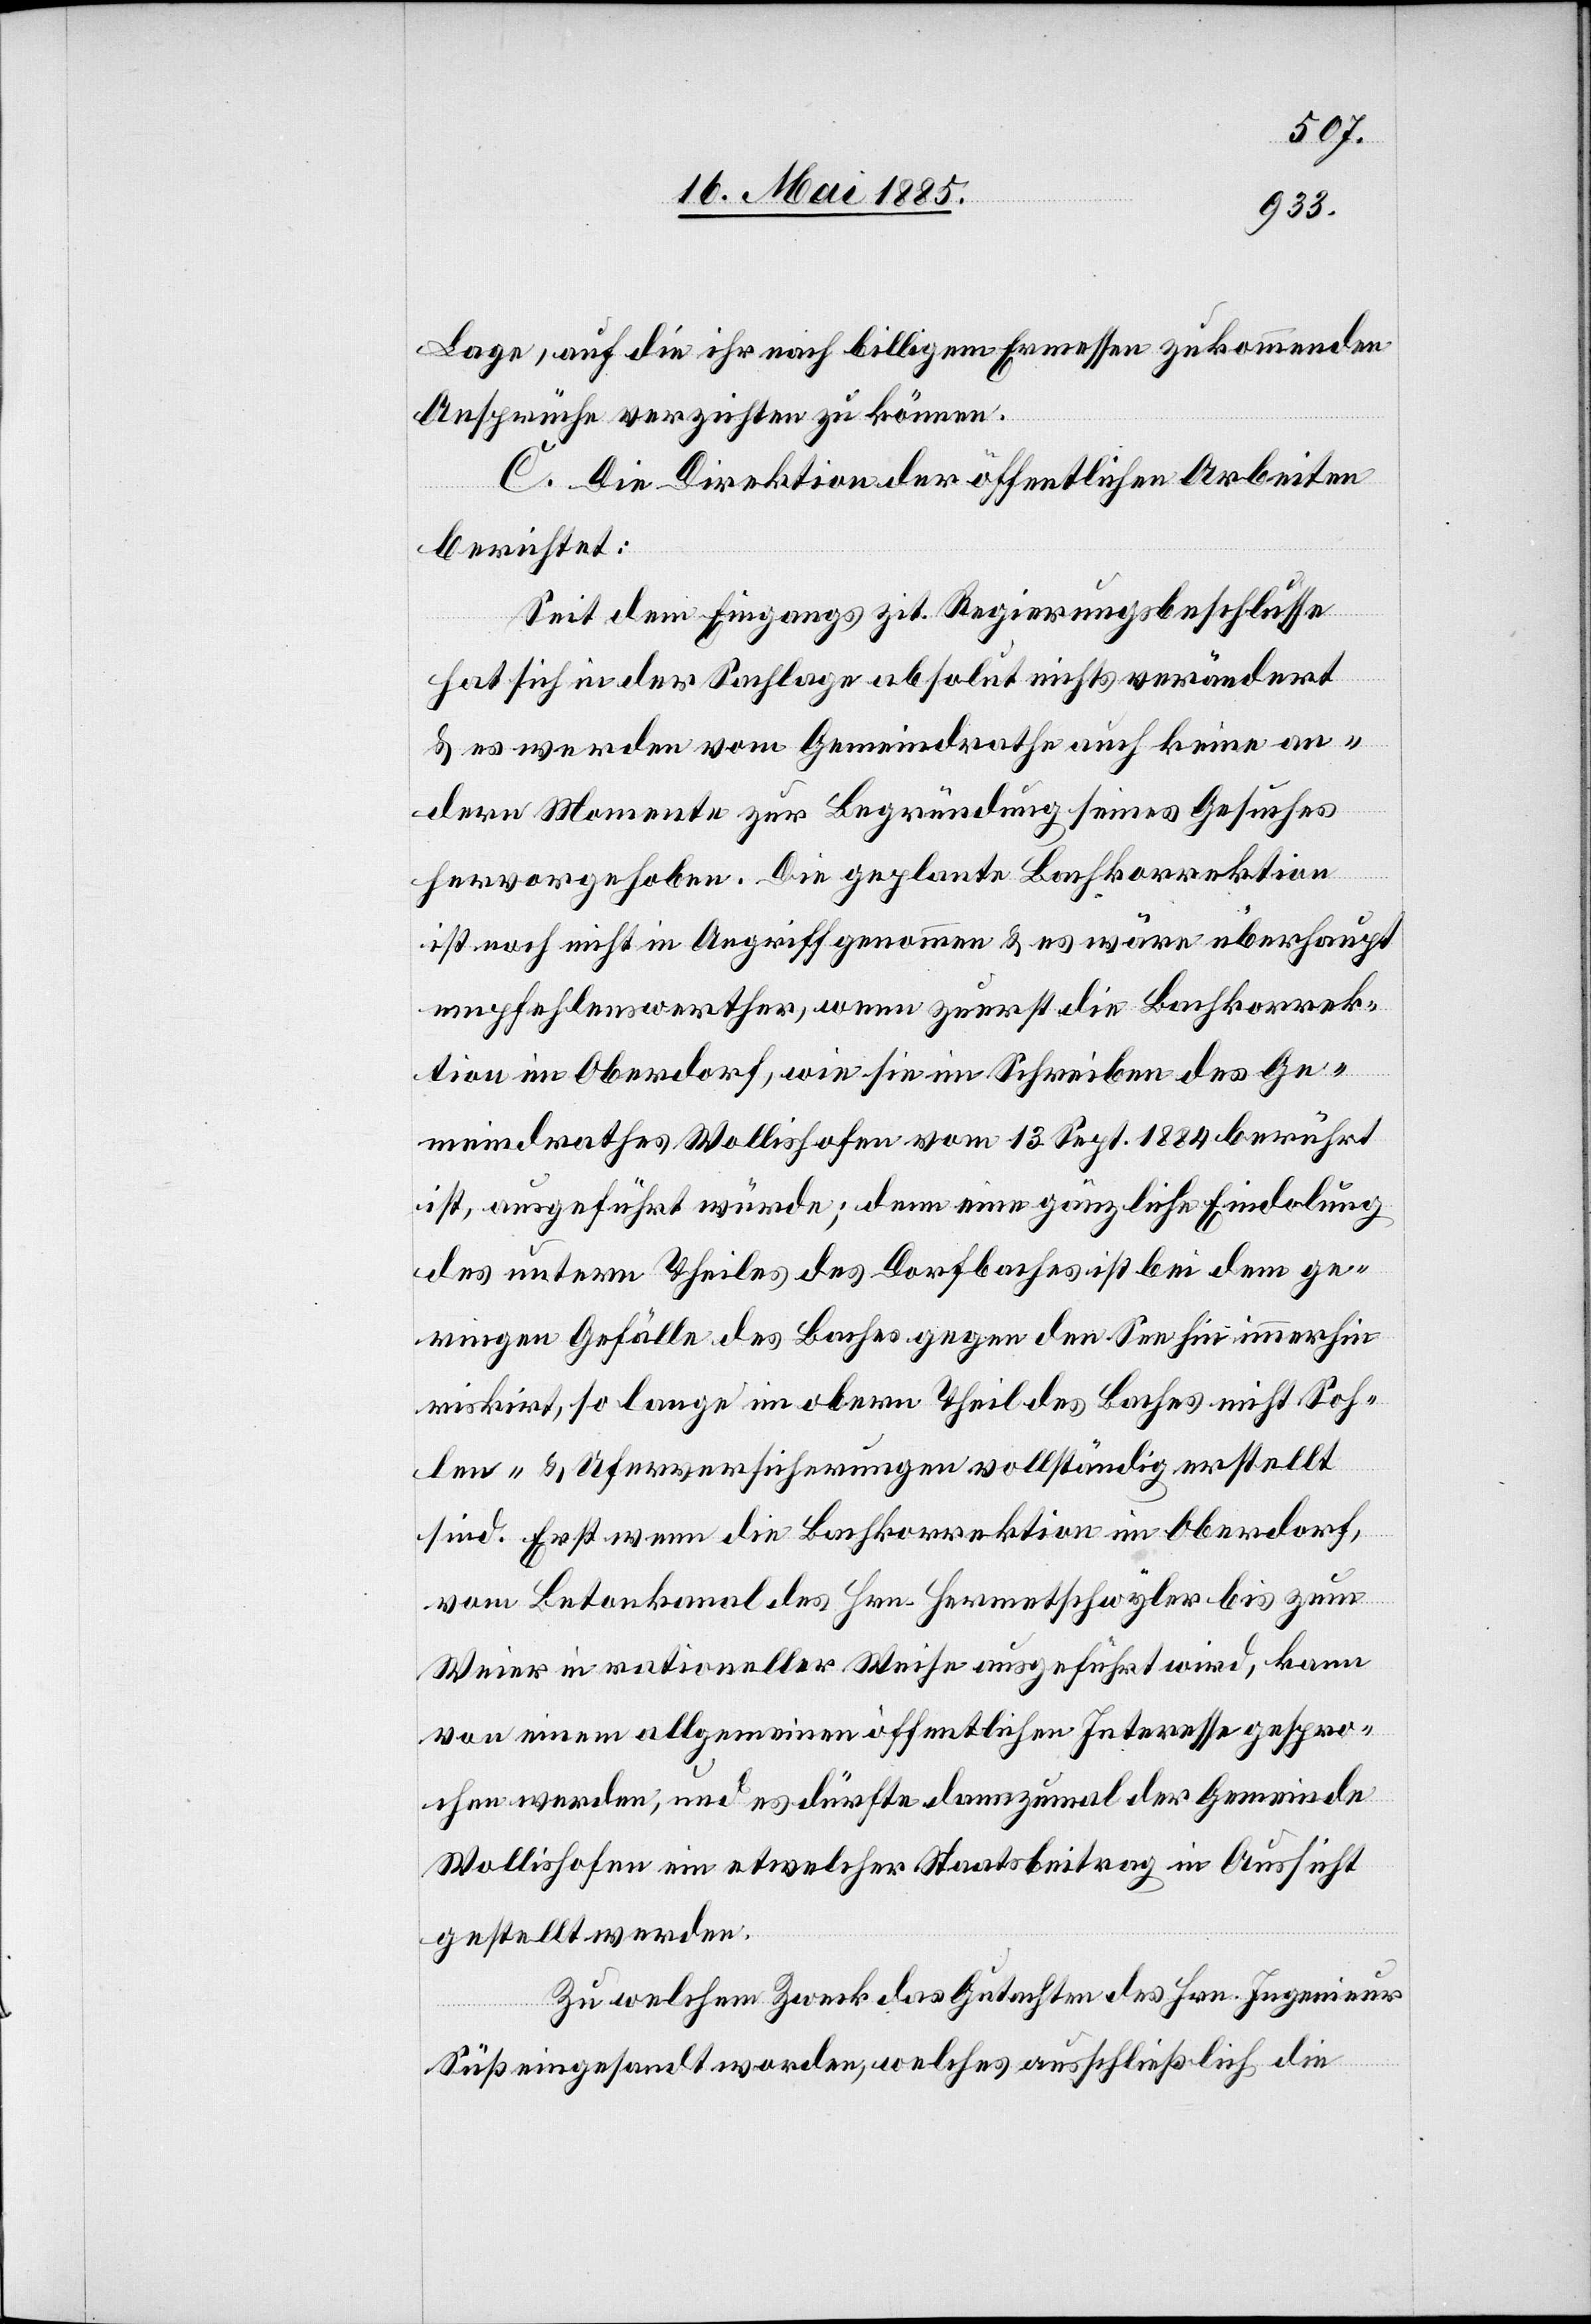
Lage, auf die ihr nach billigem Ermessen zukommenden
Ansprüche verzichten zu können.
C. Die Direktion der öffentlichen Arbeiten
berichtet:
Seit dem Eingangs zit. Regierungsbeschlusse
hat sich in der Sachlage absolut nichts verändert
& es werden vom Gemeindrath auch keine an¬
dern Momente zur Begründung seines Gesuches
hervorgehoben. Die geplante Bachkorrektion
ist noch nicht in Angriff genommen & es wäre überhaupt
empfehlenswerter, wenn zuerst die Bachkorrek¬
tion in Oberdorf, wie sie im Schreiben des Ge¬
meindrathes Wollishofen vom 13. Septbr. 1884 berührt
ist, ausgeführt würde; dem eine gänzliche Eindolung
des untern Theiles des Dorfbaches ist bei dem ge¬
ringen Gefälle des Baches gegen den See hin immerhin
riskirt, so lange im obern Theil des Baches nicht Soh¬
len- & Uferversicherungen vollständig erstellt
sind. Erst wenn die Bachkorrektion im Oberdorf,
vom Betonkanal des Hrn. Hermethschwyler bis zum
Weier in rationeller Weise ausgeführt wird, kann
von einem allgemeinen öffentlichen Interesse gespro¬
chen werden, und es dürfte dannzumal der Gemeinde
Wollishofen ein etwelcher Staatsbeitrag in Aussicht
gestellt werden.
Zu welchem Zweck das Gutachten des Hrn. Ingenieur
Süß eingesandt worden, welches ausschließlich die